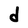
Character: d